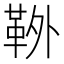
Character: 𩊃